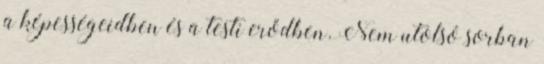
a képességeidben és a testi erődben. Nem utolsó sorban